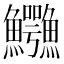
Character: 𲍅